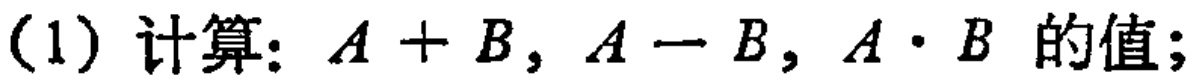
(1) 计算：\(A + B\)，\(A - B\)，\(A\cdot B\) 的值；